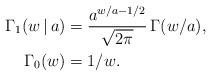
LaTeX: \begin{align*}\Gamma_1(w\,|\,a) & = \frac{a^{w/a-1/2}}{\sqrt{2\pi}} \,\Gamma(w/a), \\\Gamma_0(w) &= 1/w. \end{align*}